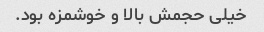
خیلی حجمش بالا و خوشمزه بود.